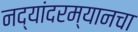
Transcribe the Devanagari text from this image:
नद्यांदरम्यानचा